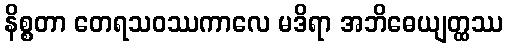
နိစ္စတာ တေရသဝဿကာလေ မဒိရာ အဘိဓေယျတ္ထဿ